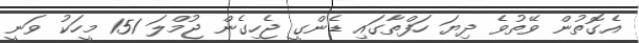
އެގޮތުން ވޭތުވެ ދިޔަ ހަފްތާގައި ޑެންގީ ޖެހިގެން ޖުމްލަ 151 މީހަކު ވަނީ